Lunatic asylums in Bengal annual reports 1888-1898 - 1888-1898
Year: 1888
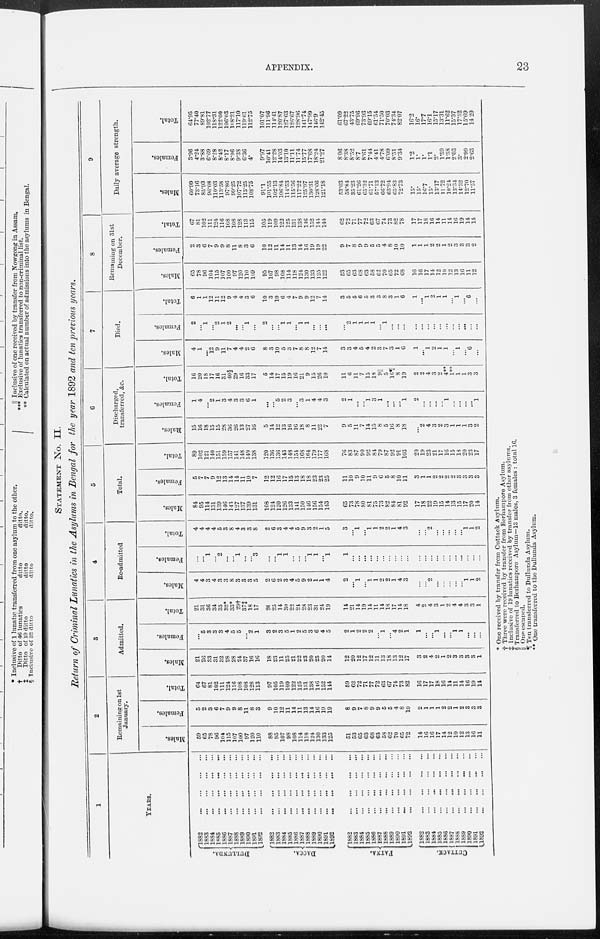
APPENDIX.
23
STATEMENT No. II.
Return of Criminal Lunatics in the Asylums in Bengal for the year 1892 and ten previous years.
1
YEARS.
DULLUNDA.
DACCA.
PATNA.
CUTTACK.
1882
...
...
...
...
1883
...
...
...
...
1884
...
...
...
...
1885
...
...
...
...
1886
...
...
...
...
1887
...
...
...
...
1888
...
...
...
...
1889
...
...
...
...
1890
...
...
...
...
1891
...
...
...
...
1892
...
...
...
...
1882
...
...
...
...
1883
...
...
...
...
1884
...
...
...
...
1885
...
...
...
...
1886
...
...
...
...
1887
...
...
...
...
1888
...
...
...
...
1889
...
...
...
...
1890 ... ... ... ...
1891
...
...
...
...
1892
...
...
...
...
1882
...
...
...
...
1883
...
...
...
...
1884
...
...
...
...
1885
...
...
...
...
1886
...
...
...
...
1887
...
...
...
...
1888
...
...
...
...
1889
...
...
...
...
1890
...
...
...
...
1891
...
...
...
...
1892
...
...
...
...
1882
...
...
...
...
1883
...
...
...
...
1884
...
...
...
...
1885
...
...
...
...
1886
...
...
...
...
1887
...
...
...
...
1888
...
...
...
...
1889
...
...
...
...
1890
...
...
...
...
1891
...
...
...
...
1892
...
...
...
...
2
Remaining on 1st
January.
Males.
59
65
78
96
104
115
107
100
97
120
110
88
95
107
98
108
114
118
124
130
133
125
51
53
65
63
68
63
58
62
70
65
72
14
16
16
17
14
12
10
12
13
16
11
Females.
5
2
3
6
7
9
9
8
11
8
3
9
10
12
11
14
11
13
14
16
19
19
8
9
7
8
9
9
5
5
4
8
10
2
1
1
1
2
2
1
2
3
3
3
Total.
64
67
81
102
111
124
116
108
108
128
113
97
105
119
109
122
125
131
138
146
152
144
59
62
72
71
77
72
63
67
74
73
82
16
17
17
18
16
14
11
14
16
19
14
3
Admitted.
Males.
21
26
33
31
32
28
28
24
37
16
16
18
23
11
25
21
22
23
20
25
20
14
12
20
12
17
12
11
13
18
13
12
17
3
2
4
2
1
2
3
3
3
3
1
Females.
...
5
3
3
3
4
5
5
...
2
1
3
2
3
5
1
2
5
3
6
4
5
2
1
2
2
2
...
1
...
4
2
1
1
...
...
1
...
...
1
1
...
...
...
Total.
21
31
36
34
35
32*
33*
29†
37‡
18
17
24
25
14
30
22
24
28
23
31
24
19
14
21
14
19
14
11
14
18
17
14
18
4
2
4
3
1
2
4
4
3
3
1
4
Re-admitted
Males.
4
4
3
4
3
3
8
3
3
3
5
2
6
2
3
4
5
9
2
1
1
4
2
...
1
...
1
1
2
2
1
4
3
...
...
2
...
...
...
...
...
1
1
2
Females.
...
...
1
...
2
...
...
1
...
...
3
...
...
1
1
...
...
...
1
1
...
1
1
...
...
...
...
...
...
...
...
...
...
...
...
...
...
...
...
...
...
...
...
...
Total.
4
4
4
4
5
3
8
4
3
3
8
2
6
3
4
4
5
9
3
2
1
5
3
...
1
...
1
1
2
2
1
4
3
...
...
2
...
...
...
...
...
1
1
2
5
Total.
Males.
84
95
114
131
139
146
143
127
137
139
131
108
124
120
126
133
141
150
146
156
154
143
65
73
78
80
81
75
73
82
84
81
92
17
18
22
19
15
14
13
15
17
20
14
Females.
5
7
7
9
12
13
14
14
11
10
7
12
12
16
17
15
13
18
18
23
23
25
11
10
9
10
11
9
6
5
8
10
11
3
1
1
2
2
2
2
3
3
3
3
Total.
89
102
121
140
151
159
157
141
148
149
138
120
136
136
143
148
154
168
164
179
177
168
76
83
87
90
92
84
79
87
92
91
103
20
19
23
21
17
16
15
18
20
23
17
6
Discharged,
transferred, &c.
Males.
15
16
18
15
15
28
36
26
13
27
16
5
14
12
13
16
16
18
8
11
22
7
9
5
11
7
14
15
8
5
16
8
18
...
2
4
3
2
3
1
1
1
3
2
Females.
1
4
...
2
1
3
4
3
3
6
1
...
...
5
2
3
...
3
1
4
4
3
2
1
...
...
1
3
1
...
...
...
1
2
...
...
...
...
1
...
...
...
...
1
Total.
16
20
18
17
16
31
40§
29
16
33
17
5
14
17
15
19
16
21
9
15
26
10
11
6
11
7
15
18
9||
5
16¶
8
19
2
2
4
3
2
4**
1**
1
1
3
3
7
Died.
Males.
4
1
...
12
9
11
7
4
4
2
6
8
3
10
5
3
7
8
8
12
7
14
3
3
4
5
4
2
3
7
3
1
6
1
...
1
2
1
1
...
1
...
6
...
Females.
2
...
1
...
2
1
2
...
...
1
...
2
...
...
1
1
...
1
1
...
...
...
...
2
1
1
1
1
...
1
...
...
...
...
...
...
...
...
...
...
...
...
...
...
Total.
6
1
1
12
11
12
9
4
4
3
6
10
3
10
6
4
7
9
9
12
7
14
3
5
5
6
5
3
3
8
3
1
6
1
...
1
2
1
1
...
1
...
6
...
8
Remaining on 31st
December.
Males.
65
78
96
104
115
107
100
97
120
110
109
95
107
98
108
114
118
124
130
133
125
122
53
65
63
68
63
58
62
70
65
72
68
16
16
17
14
12
10
12
13
16
11
12
Females.
2
3
6
7
9
9
8
11
8
3
6
10
12
11
14
11
13
14
16
19
19
22
9
7
8
9
9
5
5
4
8
10
10
1
1
1
2
2
1
2
3
3
3
2
Total.
67 81
102
111
124
116
108
108
128
113
115
105
119
109
122
125
131
138
146
152
144
144
62
72
71
77
72
63
67
74
73
82
78
17
17
18
16
14
11
14
16
19
14
14
9
Daily average strength.
Males.
60.99
73.16
85.93
96.08
110.03
113.58
97.86
99.25
107.72
113.25
108.75
91.1
101.55
102.13
106.84
114.53
115.56
117.22
125.97
130.31
128.66
121.18
53.03
58.84
35.23
61.26
65.32
61.71
57.13
66.72
63.94
65.83
72.73
15.
15.
16.7
15.
13.17
11.72
10.24
13.34
14.32
12.70
11.57
Females.
3.96
4.24
3.88
6.69
8.28
8.42
8.17
8.96
9.38
6.36
4.
9.97
10.41
12.28
14.03
13.10
11.11
11.74
15.77
17.68
18.24
21.27
8.06
8.38
8.52
8.7
8.61
7.44
4.41
4.78
6.09
8.51
9.34
1.2
1.
1.
1.1
2.
1.59
1.38
2.03
3.
2.99
2.63
Total.
64.95
77.40
89.81
102.77
118.31
122.00
106.03
108.21
117.10
119.61
112.75
101.07
111.96
114.41
120.87
127.63
126.67
128.96
141.74
147.99
146.9
142.45
61.09
67.22
43.75
69.96
73.93
69.15
61.54
71.50
70.03
74.34
82.07
16.2
16.
17.7
16.1
15.17
13.31
11.62
15.37
17.32
15.69
14.20
* One received by transfer from Cuttack Asylum.
† Three were received by transfer from Berhampore Asylum.
‡ Inclusive of 19 lunatics received by transfer from other asylums.
§ Transferred to Berhampore Asylum—13 males, 3 females : total 16.
|| One escaped.
¶ Ten transferred to Dullunda Asylum.
** One transferred to the Dullunda Asylum.